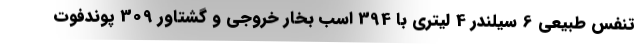
تنفس طبیعی 6 سیلندر 4 لیتری با 394 اسب بخار خروجی و گشتاور 309 پوندفوت